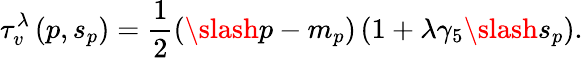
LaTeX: \tau_{v}^{\lambda}\left(p,s_{p}\right)=\frac 1{2}\left(\slash{p}-m_{p}\right)\left(1+\lambda\gamma_{5}\slash{s}_{p}\right).